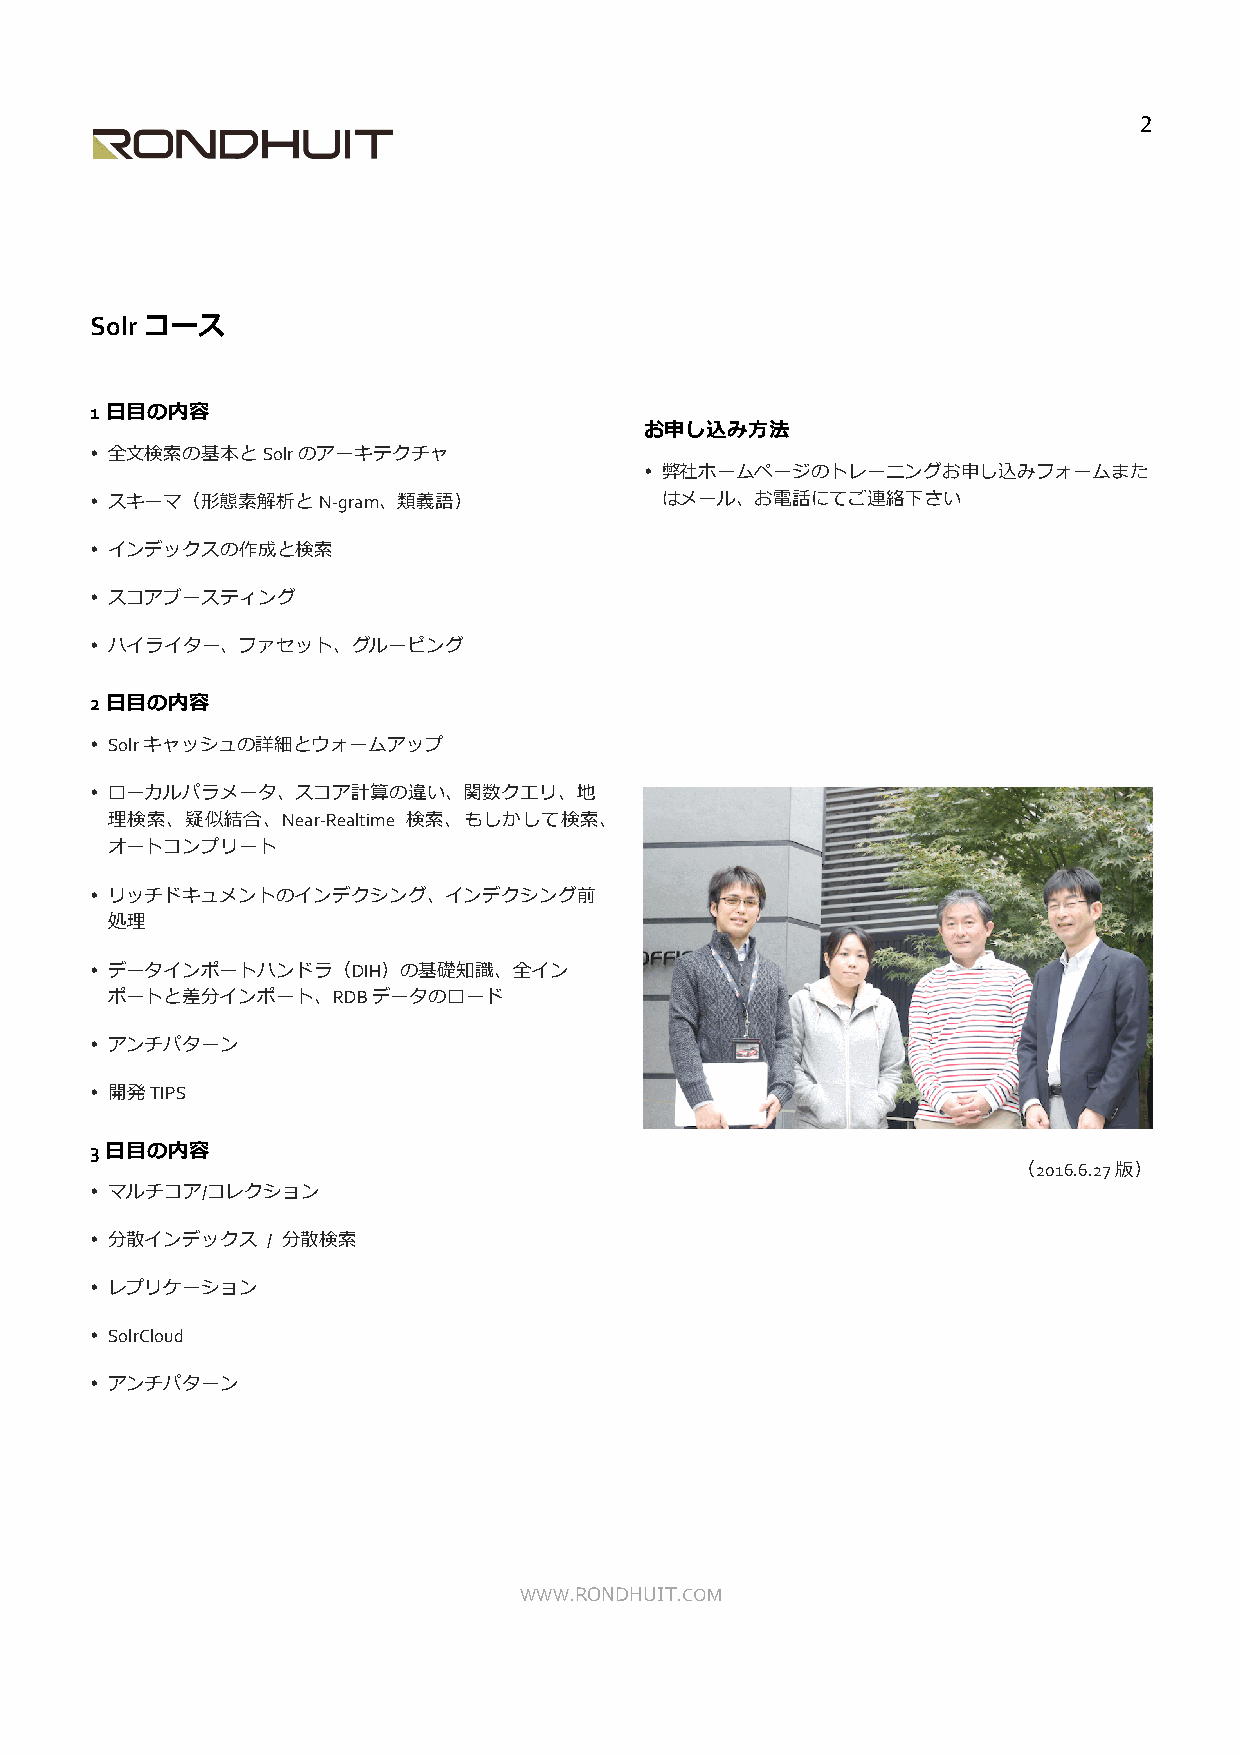
2
 Solr コース
 1⽇⽬の内容
 お申し込み⽅法
 • 全⽂検索の基本とSolrのアーキテクチャ
 • 弊社ホームページのトレーニングお申し込みフォームまた
 • スキーマ（形態素解析とN-gram、類義語）              はメール、お電話にてご連絡下さい
 • インデックスの作成と検索
 • スコアブースティング
 • ハイライター、ファセット、グルーピング
 2⽇⽬の内容
 • Solrキャッシュの詳細とウォームアップ
 • ローカルパラメータ、スコア計算の違い、関数クエリ、地
 理検索、疑似結合、Near-Realtime 検索、もしかして検索、
 オートコンプリート
 • リッチドキュメントのインデクシング、インデクシング前
 処理
 • データインポートハンドラ（DIH）の基礎知識、全イン
 ポートと差分インポート、RDBデータのロード
 • アンチパターン
 • 開発TIPS
 3⽇⽬の内容
 （2016.6.27版）
 • マルチコア/コレクション
 • 分散インデックス  / 分散検索
 • レプリケーション
 • SolrCloud
 • アンチパターン
 WWW.RONDHUIT.COM